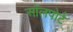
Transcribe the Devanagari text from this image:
ऑलपोर्ट